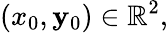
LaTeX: (x_{0},\mathbf{y}_{0})\in\mathbb{{R}}^{2},